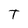
Character: T